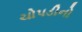
ચોપડીનો